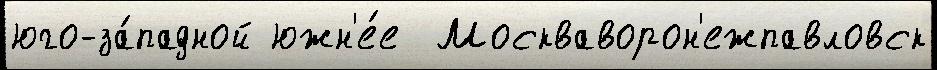
юго-за́падной южн'е́е  Москваворон'ежпавловск